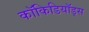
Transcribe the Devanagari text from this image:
कॉकिडियॉड्स